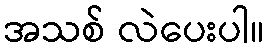
အသစ် လဲပေးပါ။